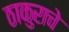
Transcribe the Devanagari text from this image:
ठाकुराचे